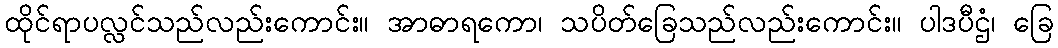
ထိုင်ရာပလ္လင်သည်လည်းကောင်း။ အာဓာရကော၊ သပိတ်ခြေသည်လည်းကောင်း။ ပါဒပီဌံ၊ ခြေ